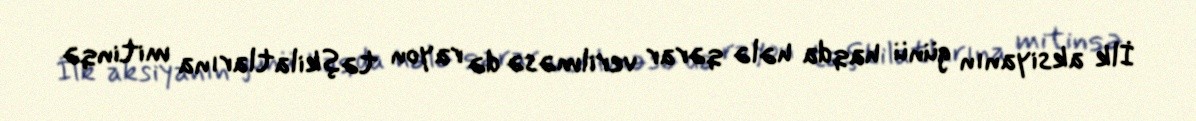
İlk aksiyanın günü haqda hələ qərar verilməsə də rayon təşkilatlarına mitinqə